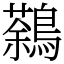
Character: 鷋